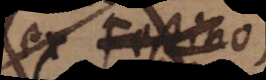
ex Festino